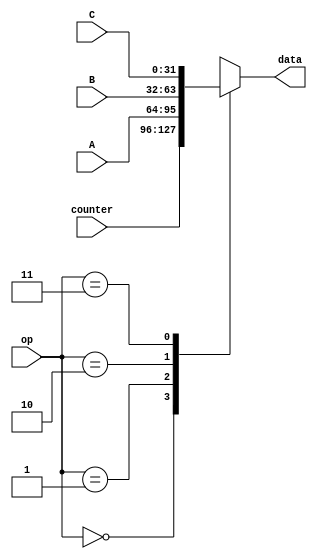
module data_mux (
    input wire [1:0]op,
    input wire [31:0]A,B,C,counter,
    output reg [31:0]data
);

always @(op)
    case(op)
        2'b00 : data<=counter;
        2'b01 : data<=A;
        2'b10 : data<=B;
        2'b11: data<=C;

    endcase

endmodule